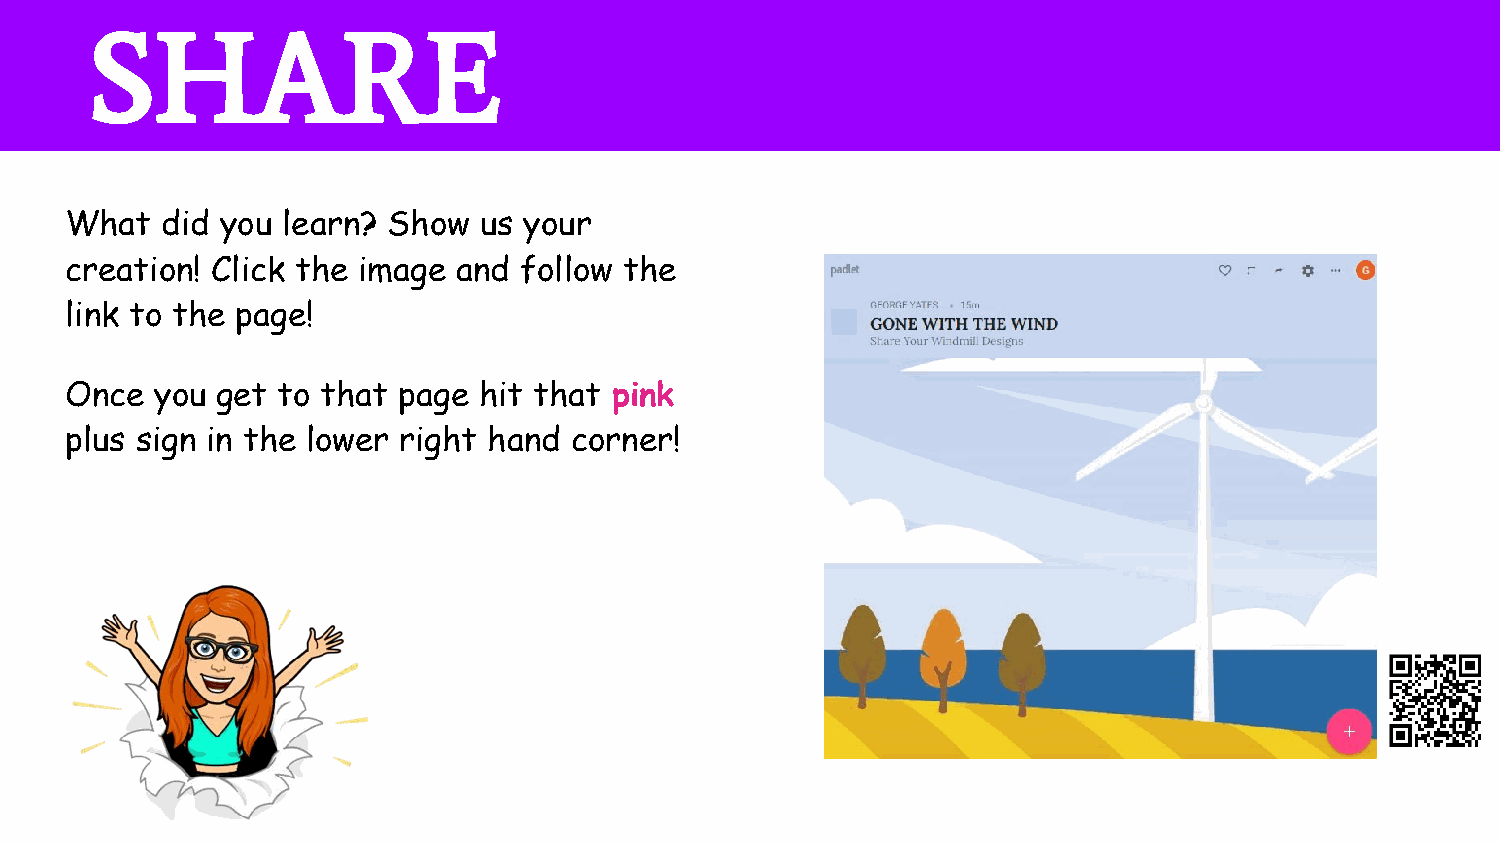
SHARE
 What   did you learn? Show  us your
 creation! Click the image and follow the
 link to the page!
 Once  you get to that page  hit that pink
 plus sign in the lower right hand corner!